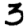
Digit: 3